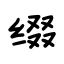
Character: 缀